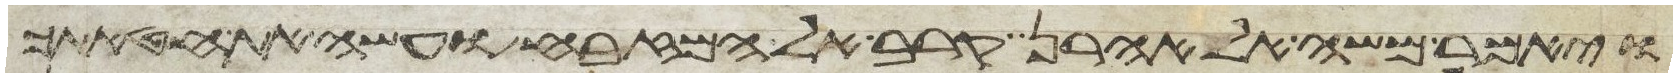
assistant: ויאמר משה אל אהרן קרב אל המזבח ועשה את חטאתך